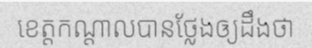
ខេត្តកណ្តាលបានថ្លែងឲ្យដឹងថា